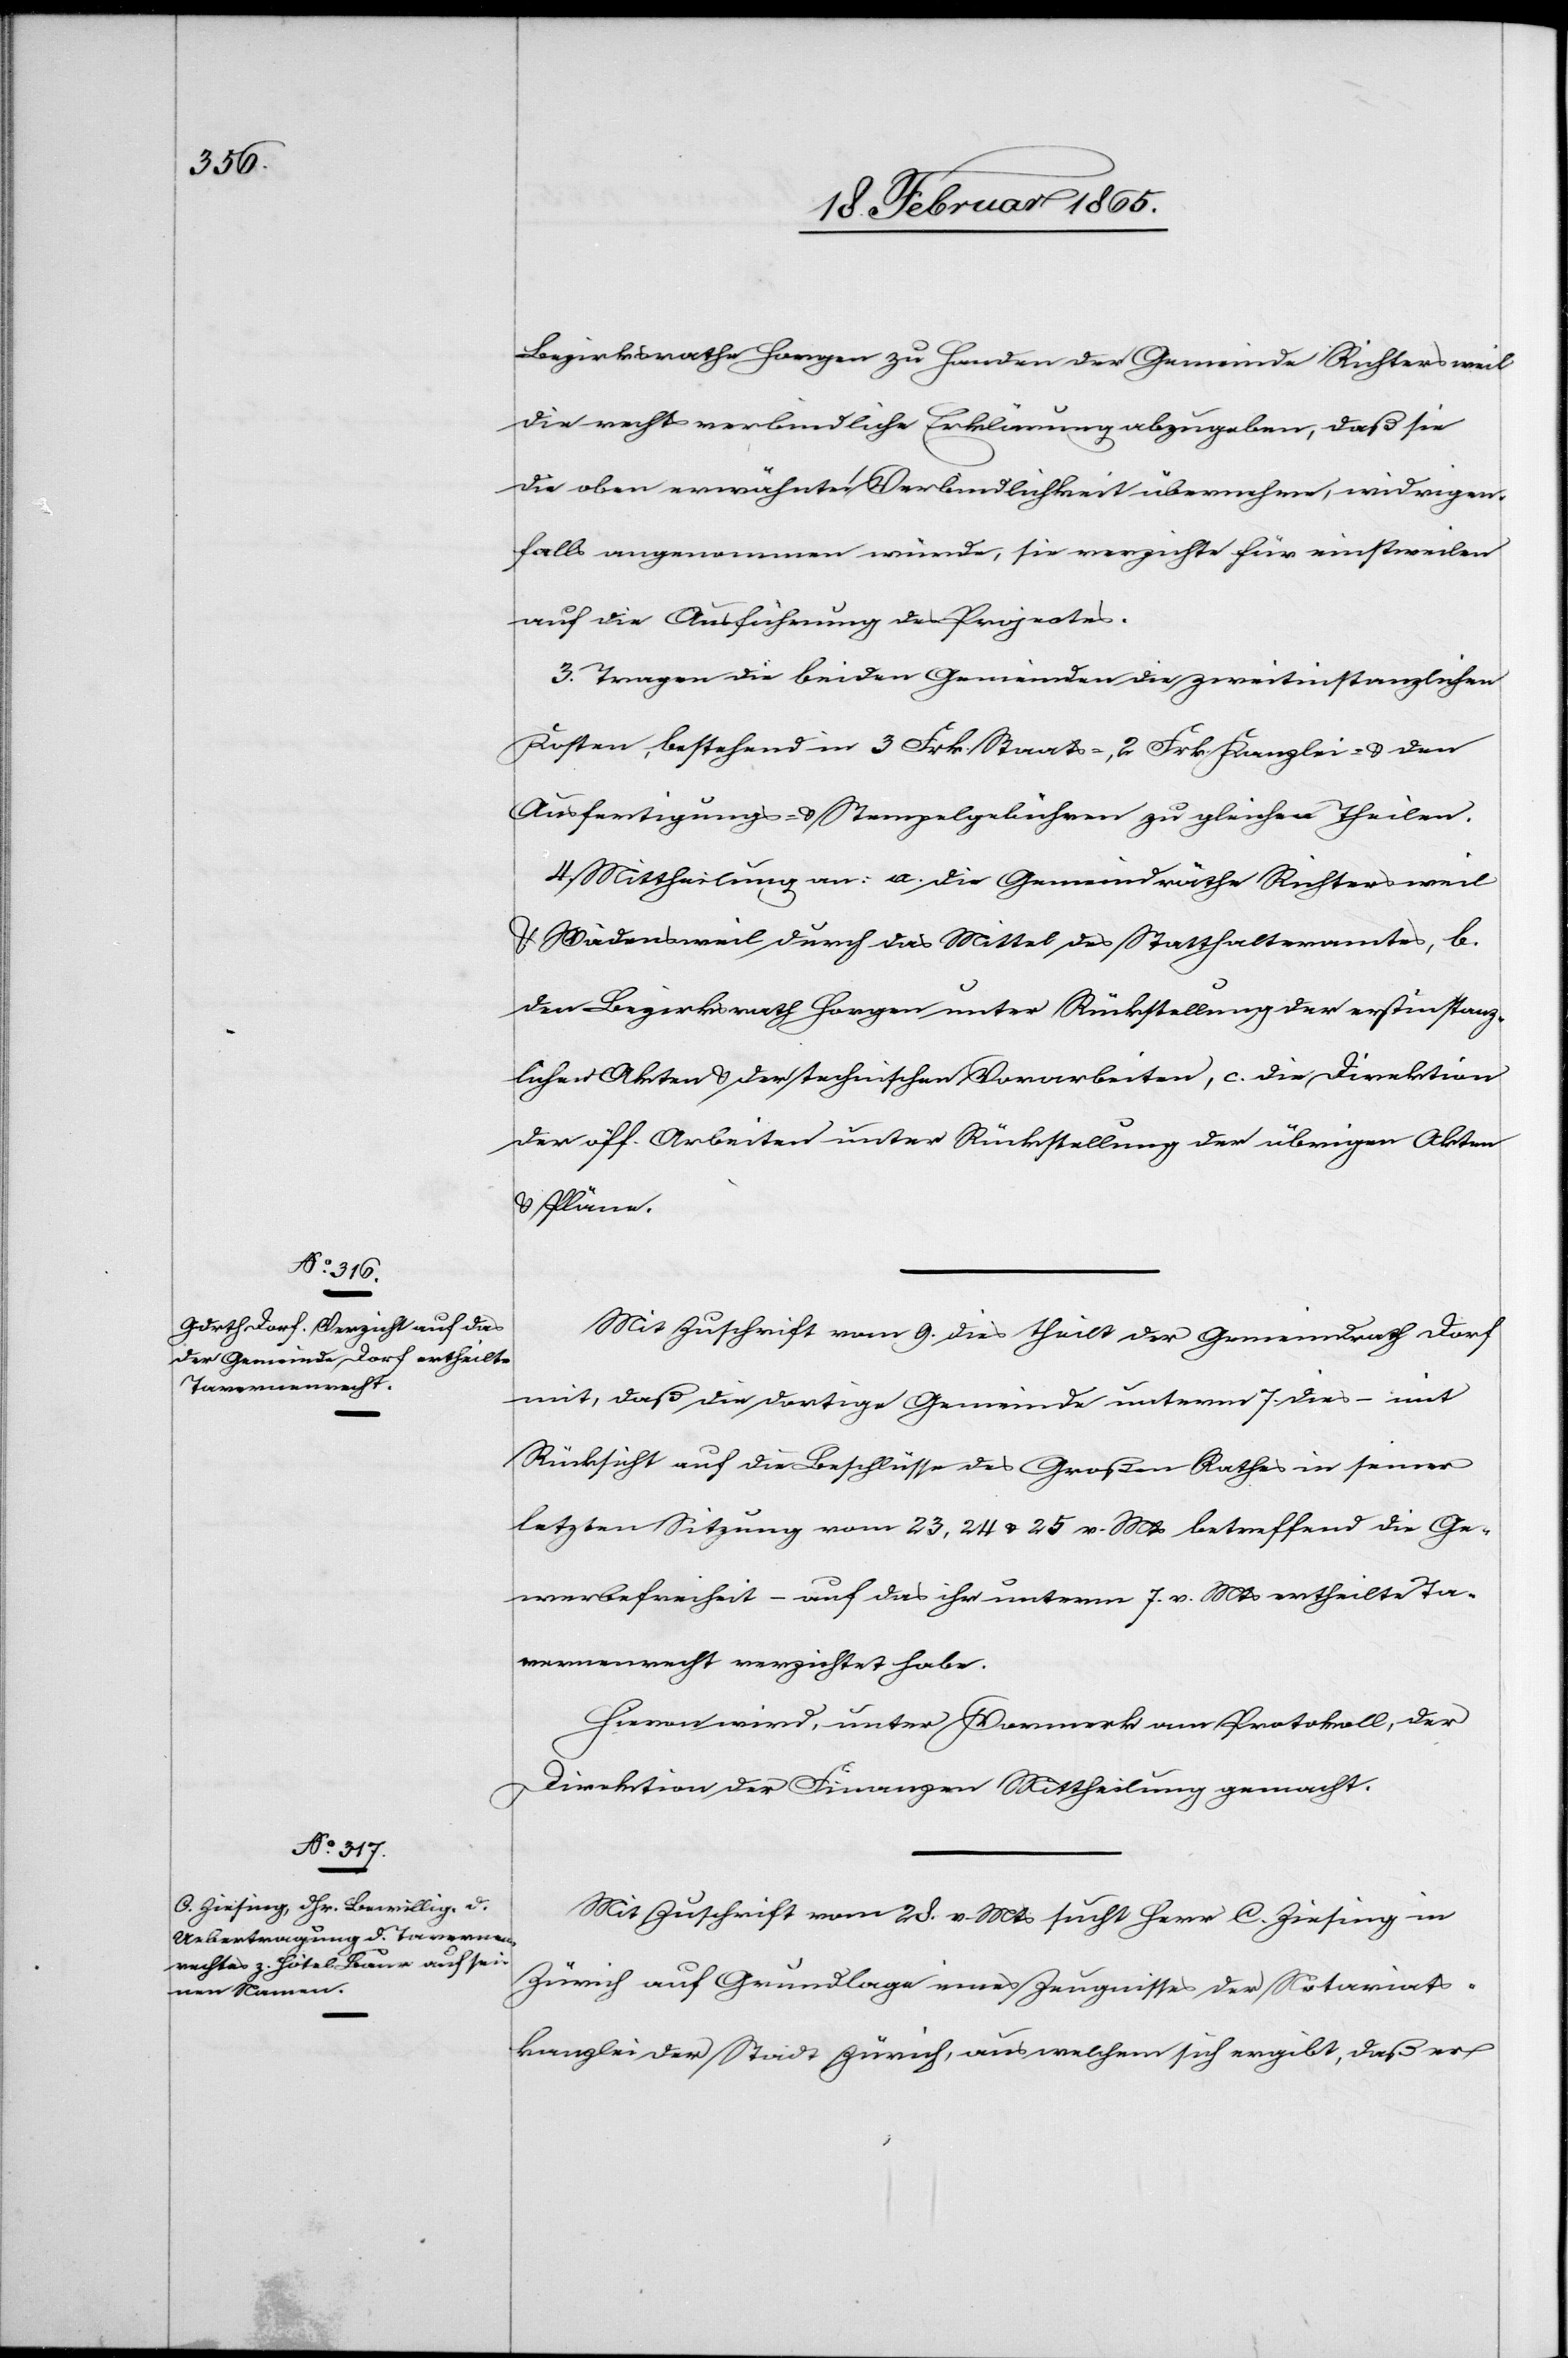
Bezirksrathe Horgen zu Handen der Gemeinde Richtersweil
die rechtsverbindliche Erklärung abzugeben, daß sie
die oben erwähnte Verbindlichkeit übernehme, widrigen¬
falls angenommen würde, sie verzichte für einstweilen
auf die Ausführung des Projectes.
3. Tragen die beiden Gemeinden die zweitinstanzlichen
Kosten, bestehend in 3 Frk. Staats-, 2 Frk. Kanzlei- u. den
Ausfertigungs- u. Stempelgebühren zu gleichen Theilen.
4. Mittheilung an: a. die Gemeindräthe Richtersweil
u. Wädensweil durch das Mittel des Statthalteramtes, b.
den Bezirksrath Horgen unter Rückstellung der erstinstanz¬
lichen Akten u. der technischen Vorarbeiten, c. die Direktion
der öff. Arbeiten unter Rückstellung der übrigen Akten
u. Pläne.
Mit Zuschrift vom 9. dies theilt der Gemeindrath Dorf
mit, daß die dortige Gemeinde unterm 7. dies – mit
Rücksicht auf die Beschlüsse des Großen Rathes in seiner
letzten Sitzung vom 23, 24 u. 25 v. Mts betreffend die Ge¬
werbefreiheit – auf das ihr unterm 7. v. Mts ertheilte Ta¬
vernenrecht verzichtet habe.
Hievon wird, unter Vormerk am Protokoll, der
Direktion der Finanzen Mittheilung gemacht.
Mit Zuschrift vom 28. v. Mts sucht Herr C. Ziesing in
Zürich auf Grundlage eines Zeugnisses der Notariats¬
kanzlei der Stadt Zürich, aus welchem sich ergibt, daß er